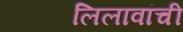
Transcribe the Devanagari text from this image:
लिलावांची